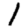
Digit: 1